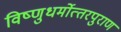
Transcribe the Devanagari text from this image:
विष्‍णुधर्मोत्‍तरपुराण